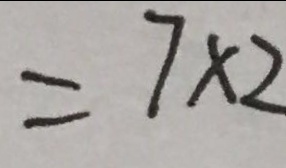
= 7 \times 2